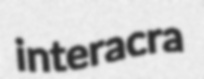
interacra